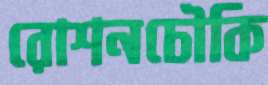
রোশনচৌকি